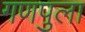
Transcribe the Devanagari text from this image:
गणपुला